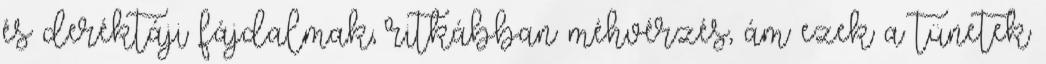
és deréktáji fájdalmak, ritkábban méhvérzés, ám ezek a tünetek